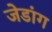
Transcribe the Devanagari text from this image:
जेडांग